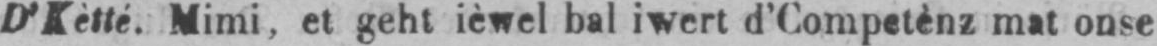
D’Kètté. Mimi, et geht ièwel bal iwert d’Competènz mat onse